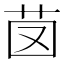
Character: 𦭁